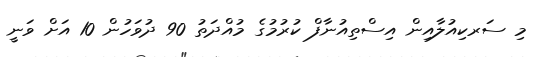
މި ސަރކިއުލާއިން އިސްތިއުނާފް ކުރުމުގެ މުއްދަތު 90 ދުވަހުން 10 އަށް ވަނީ